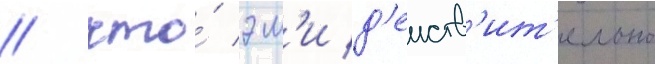
/ что́ эм'и д'еиств'ит'ельно